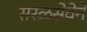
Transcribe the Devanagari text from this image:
सरळसेवेने